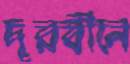
দূরবীনে